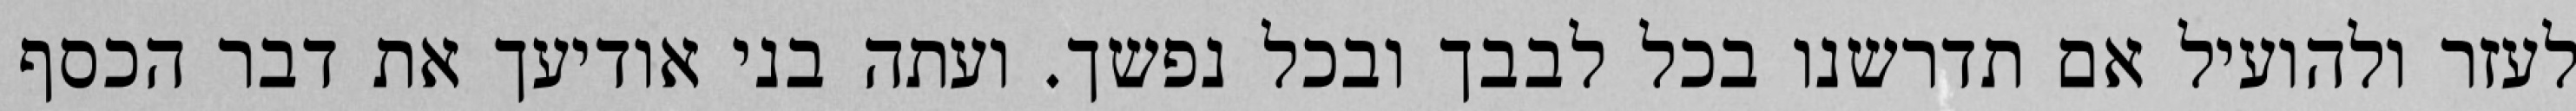
לעזר ולהועיל אם תדרשנו בכל לבבך ובכל נפשך. ועתה בני אודיעך את דבר הכסף